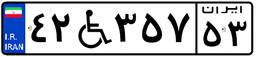
۷۱W۴۳۵۳۷